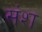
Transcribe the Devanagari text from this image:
संश